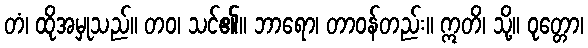
တံ၊ ထိုအမှုသည်။ တဝ၊ သင်၏။ ဘာရော၊ တာဝန်တည်း။ ဣတိ၊ သို့။ ဝုတ္တော၊